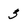
Character: 3